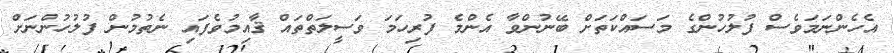
އެހެންނަމަވެސް ފުލުހުންގެ މަސައްކަތަށް ބޭނުންވާ އެންމެ ފުރިހަމަ ވަސީލަތްތައް ޤާއިމުވެފައި ނެތުމުން ފުލުހުންނަށް